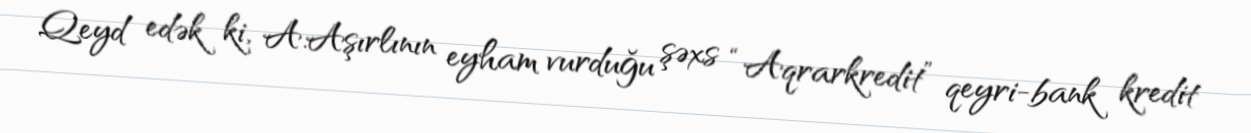
Qeyd edək ki, A.Aşırlının eyham vurduğu şəxs “Aqrarkredit” qeyri-bank kredit